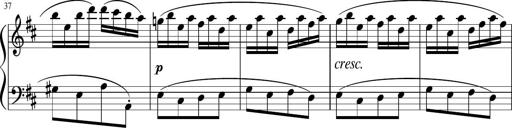
Title: 12 Keyboard Sonatinas
Composer: James Hook